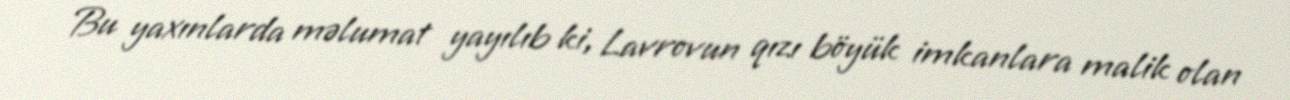
Bu yaxınlarda məlumat yayılıb ki, Lavrovun qızı böyük imkanlara malik olan